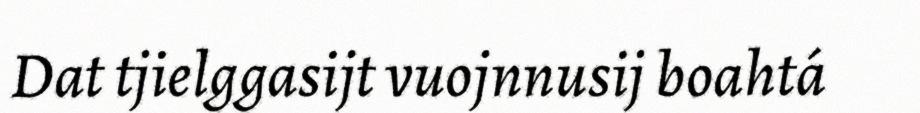
Dat tjielggasijt vuojnnusij boahtá